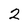
Character: 2